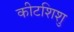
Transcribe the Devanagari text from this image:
कीटशिशु